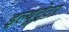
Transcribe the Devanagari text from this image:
इल्यूट्रेटर